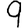
Digit: 9